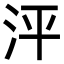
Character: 泙